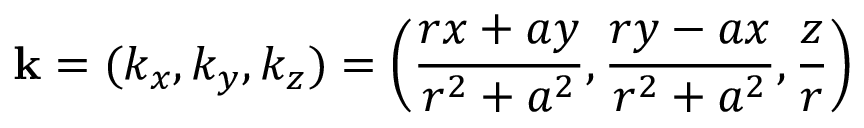
\mathbf { k } = ( k _ { x } , k _ { y } , k _ { z } ) = \left( { \frac { r x + a y } { r ^ { 2 } + a ^ { 2 } } } , { \frac { r y - a x } { r ^ { 2 } + a ^ { 2 } } } , { \frac { z } { r } } \right)